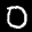
Label: 0